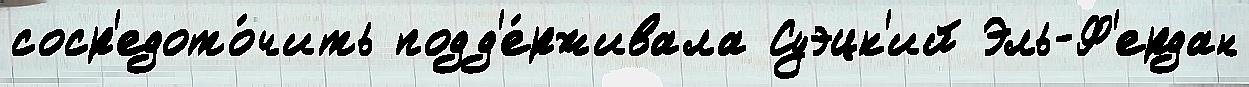
соср'едото́чить подд'е́рживала Суэцк'ий Эль-Ф'ердан